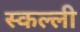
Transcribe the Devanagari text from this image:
स्कल्ली